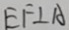
E F \bot A